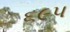
૬૯૫